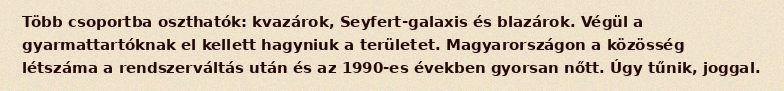
Több csoportba oszthatók: kvazárok, Seyfert-galaxis és blazárok. Végül a gyarmattartóknak el kellett hagyniuk a területet. Magyarországon a közösség létszáma a rendszerváltás után és az 1990-es években gyorsan nőtt. Úgy tűnik, joggal.